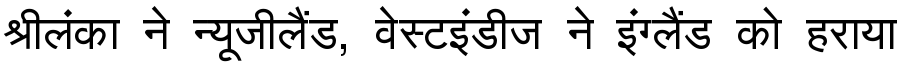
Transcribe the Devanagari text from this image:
श्रीलंका ने न्यूजीलैंड, वेस्टइंडीज ने इंग्लैंड को हराया